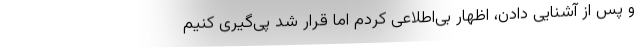
و پس از آشنایی دادن، اظهار بی‌اطلاعی کردم اما قرار شد پی‌گیری کنیم